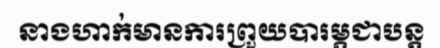
នាងហាក់មានការព្រួយបារម្ភជាបន្ត